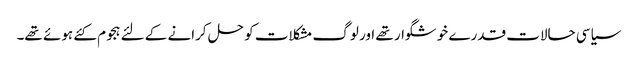
سیاسی حالات قدرے خوشگوار تھے اور لوگ مشکلات کو حل کرانے کے لئے ہجوم کئے ہوئے تھے۔